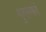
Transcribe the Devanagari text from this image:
गुएल्फों